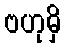
ဗဟုမှိ